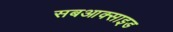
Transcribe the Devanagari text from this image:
सबआक्साइड